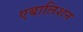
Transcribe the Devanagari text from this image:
एबालिशन